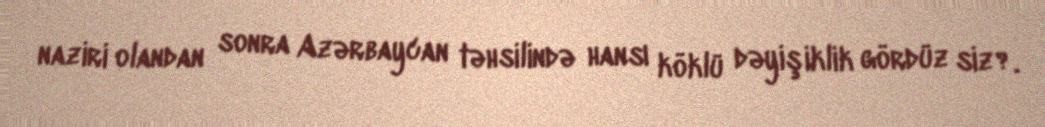
naziri olandan sonra Azərbaycan təhsilində hansı köklü dəyişiklik gördüz siz?.